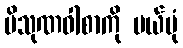
ပိသုဏဝါစာကို ပယ်ပုံ